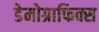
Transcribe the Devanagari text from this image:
डेमोग्राफिक्स